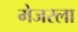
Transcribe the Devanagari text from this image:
मेजरला